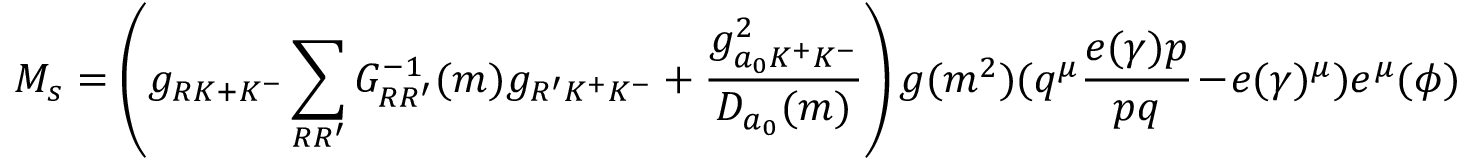
M _ { s } = \left( g _ { R K + K ^ { - } } \sum _ { R R ^ { \prime } } G _ { R R ^ { \prime } } ^ { - 1 } ( m ) g _ { R ^ { \prime } K ^ { + } K ^ { - } } + \frac { g _ { a _ { 0 } K ^ { + } K ^ { - } } ^ { 2 } } { D _ { a _ { 0 } } ( m ) } \right) g ( m ^ { 2 } ) ( q ^ { \mu } \frac { e ( \gamma ) p } { p q } - e ( \gamma ) ^ { \mu } ) e ^ { \mu } ( \phi )